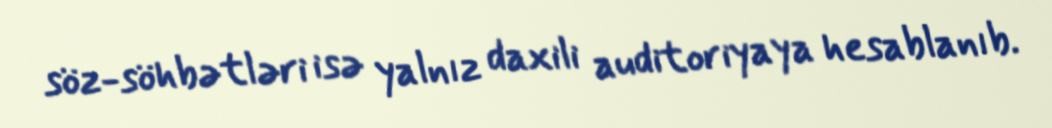
söz-söhbətləri isə yalnız daxili auditoriyaya hesablanıb.